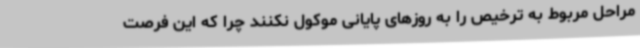
مراحل مربوط به ترخیص را به روزهای پایانی موکول نکنند چرا که این فرصت